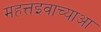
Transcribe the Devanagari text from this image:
महत्तइवाच्याआ